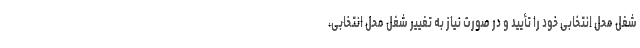
شغل محل انتخابی خود را تأیید و در صورت نیاز به تغییر شغل محل انتخابی،